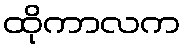
ထိုကာလက